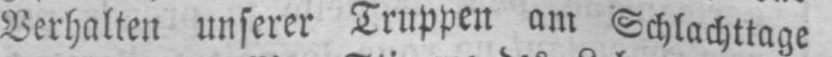
Verhalten unserer Truppen am Schlachttage